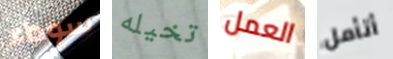
سوداء تخيله العمل أتأمل